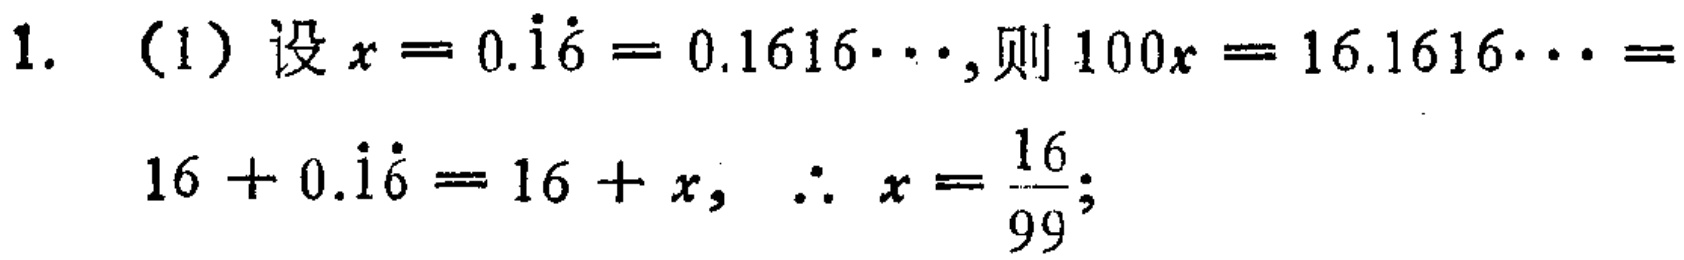
1. （1）设\(x = 0.\dot{1}\dot{6}=0.1616\cdots\)，则\(100x = 16.1616\cdots = 16 + 0.\dot{1}\dot{6}=16 + x\)，\(\therefore x=\frac{16}{99}\)；